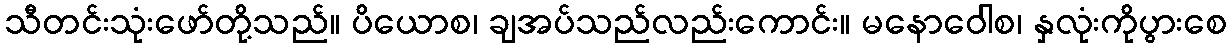
သီတင်းသုံးဖော်တို့သည်။ ပိယောစ၊ ချအပ်သည်လည်းကောင်း။ မနောဝေါစ၊ နှလုံးကိုပွားစေ